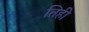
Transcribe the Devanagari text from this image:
तिही